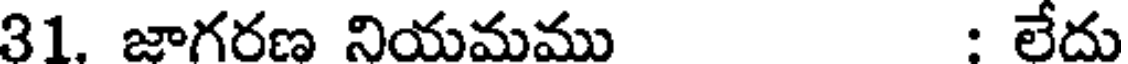
31. జాగరణ నియమము : లేదు